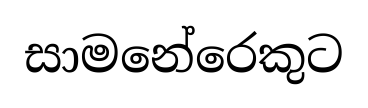
සාමනේරෙකුට